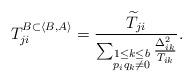
LaTeX: \begin{align*}T_{ji}^{B\subset \langle B, A\rangle}=\frac{\widetilde{T}_{ji}}{\sum_{\substack{1\leq k\leq b\\p_iq_k\neq 0}}\frac{\Delta_{ik}^2}{T_{ik}}}.\end{align*}